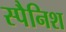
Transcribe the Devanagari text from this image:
स्‍पैनिश